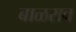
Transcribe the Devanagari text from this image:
बाळराव